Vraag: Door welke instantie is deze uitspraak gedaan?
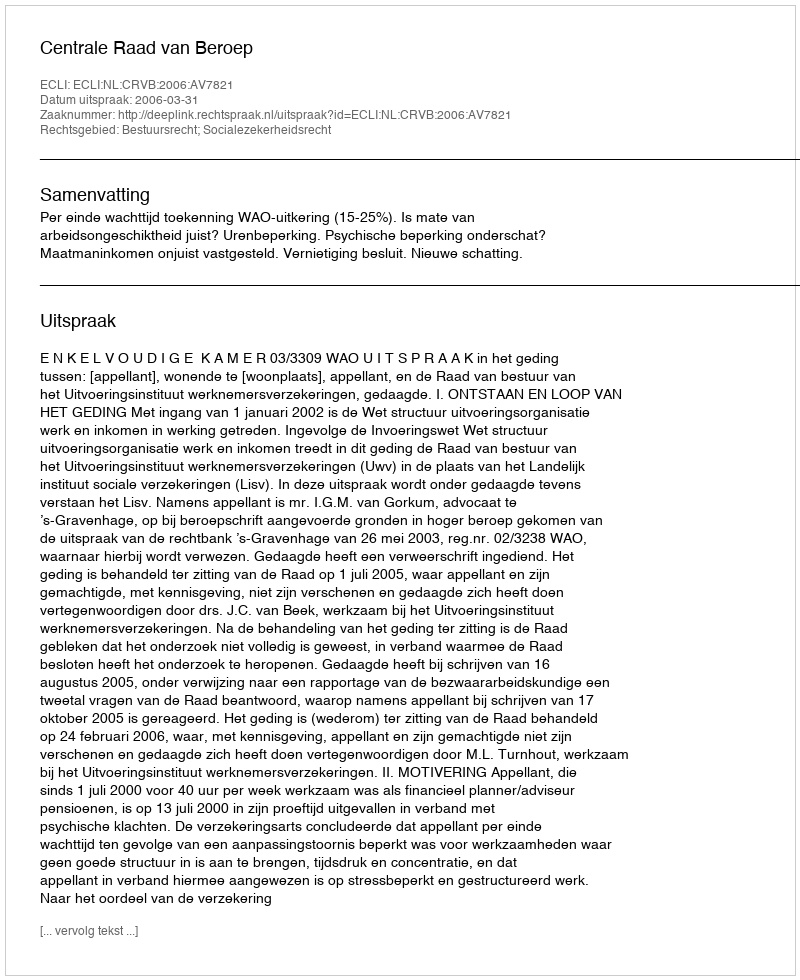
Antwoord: Centrale Raad van Beroep